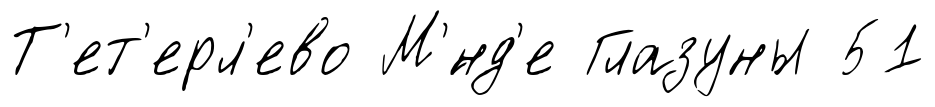
Т'ет'ерл'ево М'́нд'е Глазуны 51